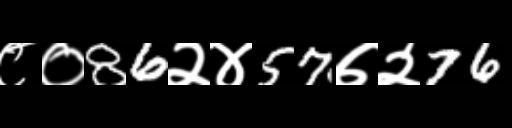
Text: ८०86२४57७२76